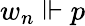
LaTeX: w_{n}\Vdash p